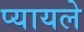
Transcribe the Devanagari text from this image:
प्यायले